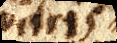
vitris